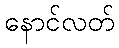
နောင်လတ်